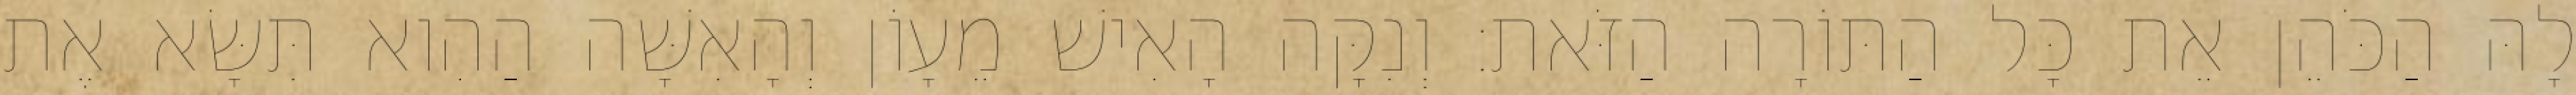
לָהּ הַכֹּהֵן אֵת כָּל הַתּוֹרָה הַזֹּאת׃ וְנִקָּה הָאִישׁ מֵעָוֹן וְהָאִשָּׁה הַהִוא תִּשָּׂא אֶת